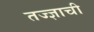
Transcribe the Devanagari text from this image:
तज्ज्ञाची